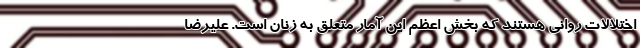
اختلالات روانی هستند که بخش اعظم این آمار متعلق به زنان است. علیرضا